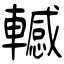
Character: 轗